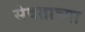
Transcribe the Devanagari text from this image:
सेवताच्या